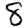
Digit: 8